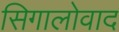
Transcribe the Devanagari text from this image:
सिगालोवाद